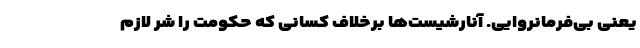
یعنی بی‌فرمانروایی. آنارشیست‌ها برخلاف کسانی که حکومت را شرّ لازم